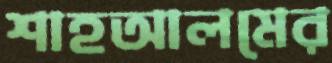
শাহআলমের